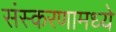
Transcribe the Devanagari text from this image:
संस्करणामध्ये